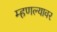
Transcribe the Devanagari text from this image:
म्हणल्यावर